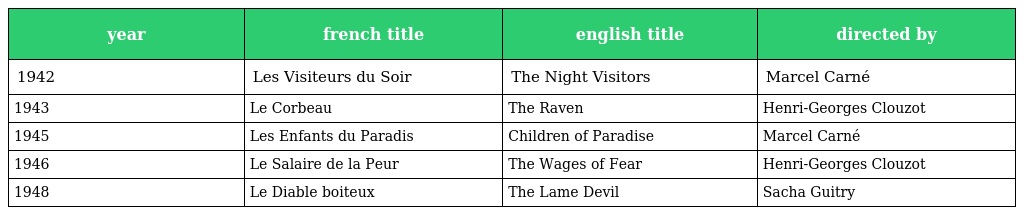
| year | french title | english title | directed by |
 | --- | --- | --- | --- |
 | 1942 | Les Visiteurs du Soir | The Night Visitors | Marcel Carné |
 | 1943 | Le Corbeau | The Raven | Henri-Georges Clouzot |
 | 1945 | Les Enfants du Paradis | Children of Paradise | Marcel Carné |
 | 1946 | Le Salaire de la Peur | The Wages of Fear | Henri-Georges Clouzot |
 | 1948 | Le Diable boiteux | The Lame Devil | Sacha Guitry |